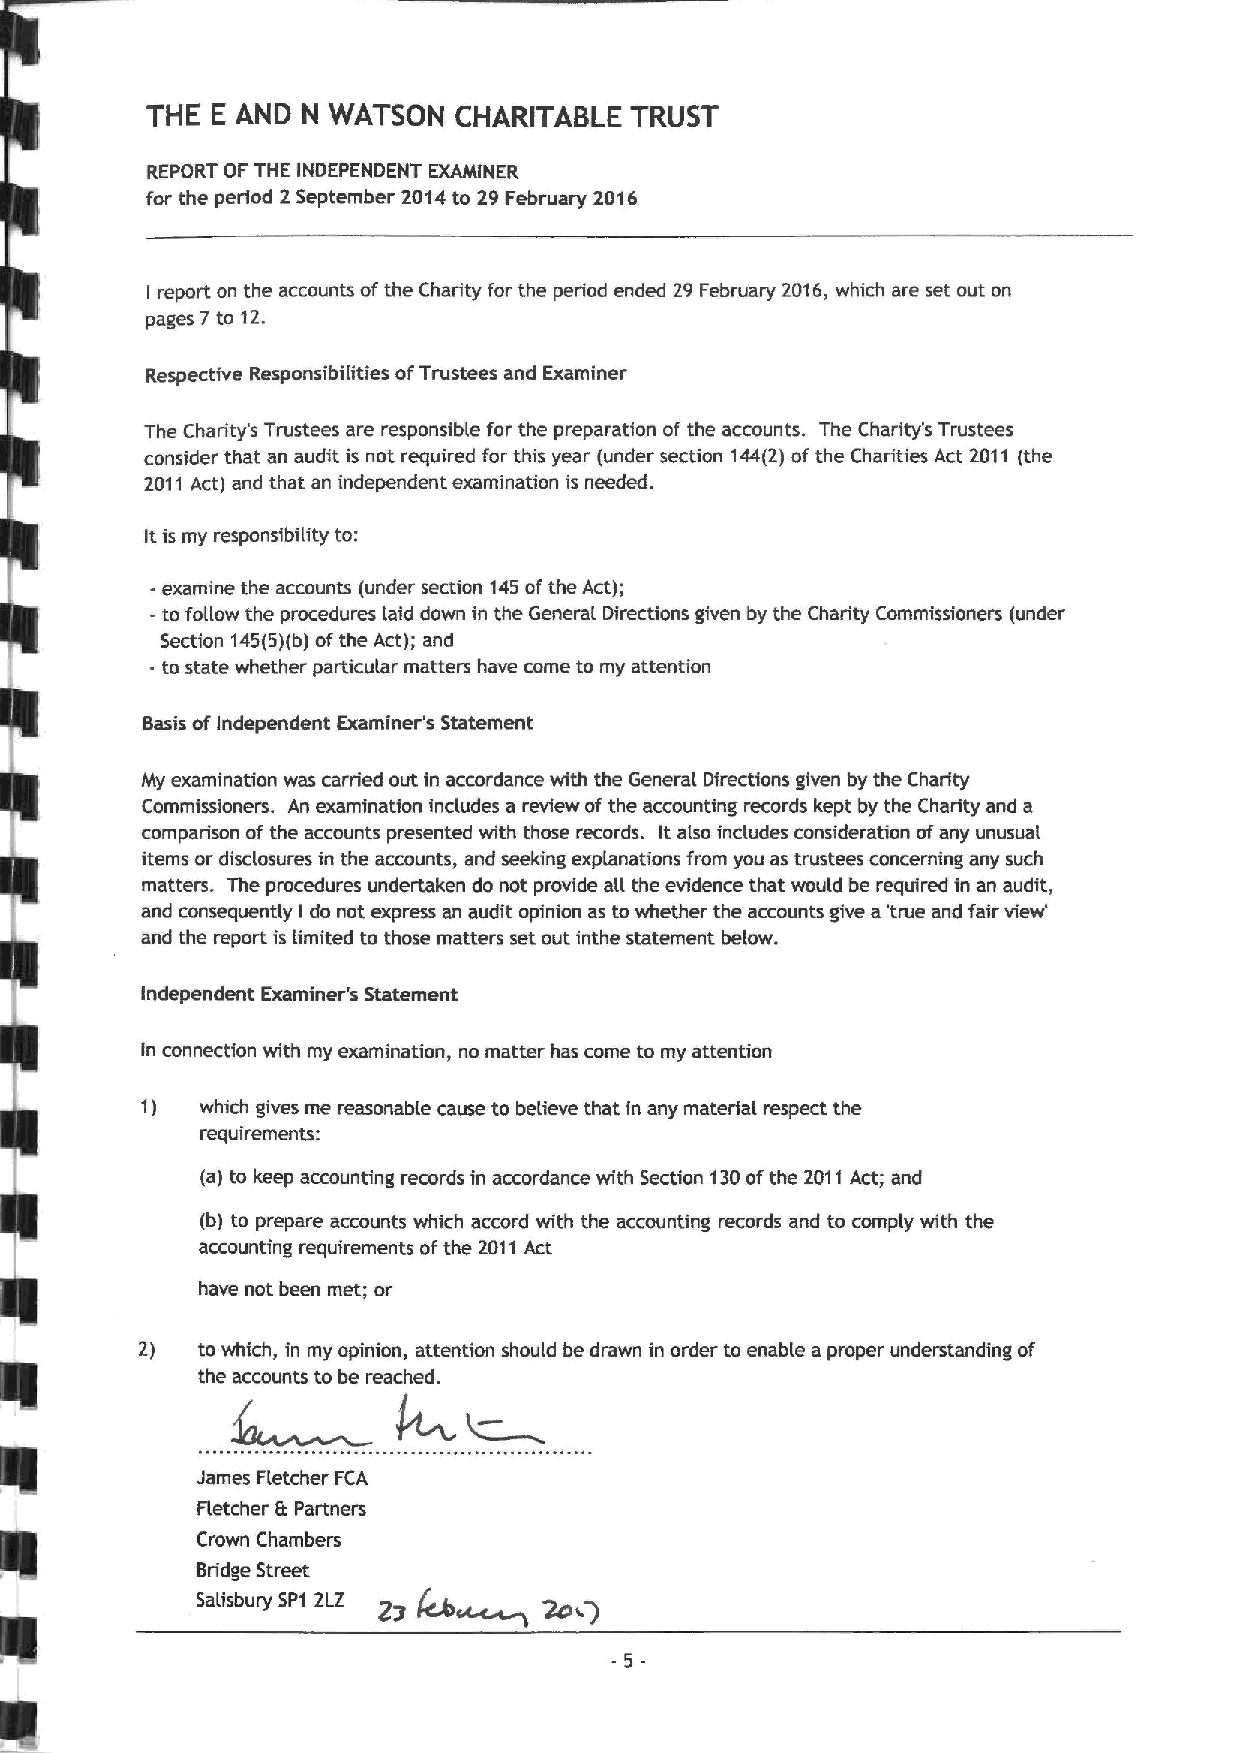
THE E AND N WATSON  CHARITABLE  TRUST
 REPORT OFTHE INDEPENDENT EXAMINER
 for the period 2 September 2014to 29February 2016
 report on the accounts ofthe Charity for the period ended 29 February 2016, which are set out on
 I
 pages 7to 12.
 Respective Responsibilities ofTrustees and Examiner
 The Charity's Trustees are responsible for the preparation of the accounts. The Charity's Trustees
 consider that an audit is not required for this year (under section 144(2)ofthe Charities Act 2011 (the
 2011 Act) and that an independent examination is needed.
 Itis my responsibility to:
 - examine the accounts (under section 145ofthe Act);
 - to follow the procedures laid down in the General Directions given by the Charity Commissioners (under
 Section 145(5)(b)ofthe Act); and
 - to state whether particular matters have come to my attention
 Basis ofIndependent Examiner's Statement
 My examination was carried out in accordance with the General Directions given by the Charity
 Commissioners. An examination includes a review ofthe accounting records kept by the Charity and a
 comparison ofthe accounts presented with those records. It also includes consideration ofany unusual
 items or disclosures in the accounts, and seeking explanations from you as trustees concerning any such
 matters. The procedures undertaken do not provide all the evidence that would be required in an audit,
 and consequently I do not express an audit opinion as towhether the accounts give a 'true and fair vievf
 and the report is limited to those matters set out inthe statement below.
 Independent Examiner's Statement
 In connection with my examination, no matter has come to my attention
 1)  which gives me reasonable cause to believe that in any material respect the
 requirements:
 (a) to keep accounting records in accordance with Section 130ofthe 2011 Act; and
 (b) to prepare accounts which accord with the accounting records and to comply with the
 accounting requirements ofthe 2011Act
 zan&~
 have not been met; or
 2)  to which, in my opinion, attention should be drawn in order to enable a proper understanding of
 the accounts to be reached.
 James Fletcher FCA
 F(etcher ft Partners
 Crown Chambers
 Bridge Street
 ~&
 Salisbury SP1 2LZ